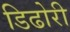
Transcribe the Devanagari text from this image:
डिढोरी